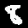
Label: 8